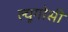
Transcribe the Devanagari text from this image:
ल्यूगोसी